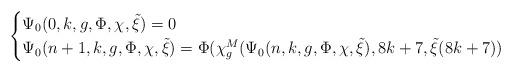
LaTeX: \begin{align*}\begin{cases}\Psi_0(0,k,g,\Phi,\chi,\tilde\xi)=0\\\Psi_0(n+1,k,g,\Phi,\chi,\tilde\xi)=\Phi(\chi^M_g(\Psi_0(n,k,g,\Phi,\chi,\tilde\xi),8k+7,\tilde\xi(8k+7))\end{cases}\end{align*}